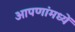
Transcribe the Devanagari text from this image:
आपणांमध्यें